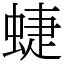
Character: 蜨